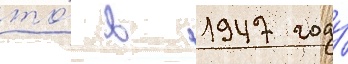
то́ в 1947 году